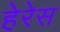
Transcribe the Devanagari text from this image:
हेरेस